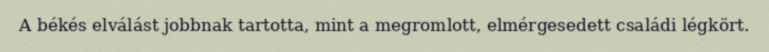
A békés elválást jobbnak tartotta, mint a megromlott, elmérgesedett családi légkört.